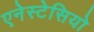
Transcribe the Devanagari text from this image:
एनेस्टेसियो